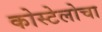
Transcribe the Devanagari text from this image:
कोस्टेलोचा